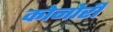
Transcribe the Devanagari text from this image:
कोनोरी